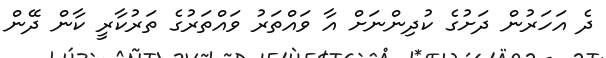
ދެ އަހަރުން ދަށުގެ ކުދިންނަށް އާ ވައްތަރު ވައްތަރުގެ ތަރުކާރީ ކާން ދޭން